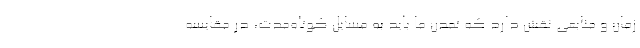
زمان و منابعی نقش دارد که تمدن ما باید به مسایل کوتاه‌مدت، در مقایسه